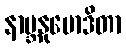
နာဗ္ဘနုမောဒိတာ